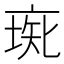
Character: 𠅰